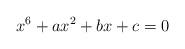
LaTeX: \begin{align*}x^6+ax^2+bx+c=0\end{align*}